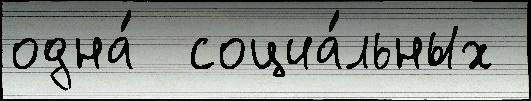
одна́  социа́льных